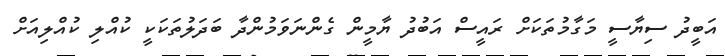
އަބީދު ސިޔާސީ މަގާމުތަކަށް ރައީސް އަބުދު ޔާމީން ގެންނަވަމުންދާ ބަދަލުތަކަކީ ކުއްލި ކުއްލިއަށް